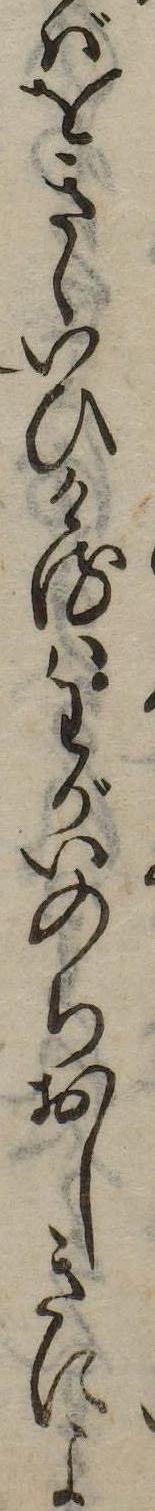
ばをきゝいひけるはわがいのちおしきによ